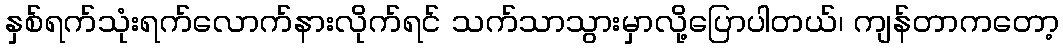
နှစ်ရက်သုံးရက်လောက်နားလိုက်ရင် သက်သာသွားမှာလို့ပြောပါတယ်၊ ကျန်တာကတော့